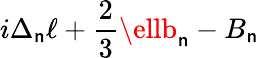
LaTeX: i\Delta_{\mathsf{n}}\ell+{\frac{{2}}{{3}}}\ellb_{\mathsf{n}}-B_{\mathsf{n}}